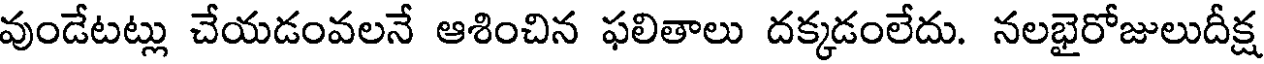
వుండేటట్లు చేయడంవలనే ఆశించిన ఫలితాలు దక్కడంలేదు. నలభైరోజులుదీక్ష